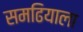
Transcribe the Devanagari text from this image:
समढियाला